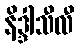
နိဒ္ဒါသီလီ